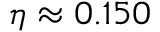
\eta \approx 0 . 1 5 0